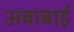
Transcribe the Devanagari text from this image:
अबाबाई